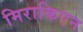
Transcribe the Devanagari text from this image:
मिराकिएन